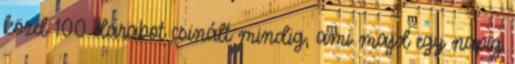
közel 100 darabot csinált mindig, ami majd egy napig